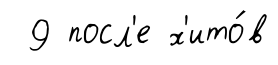
9 посл'е х'ито́в